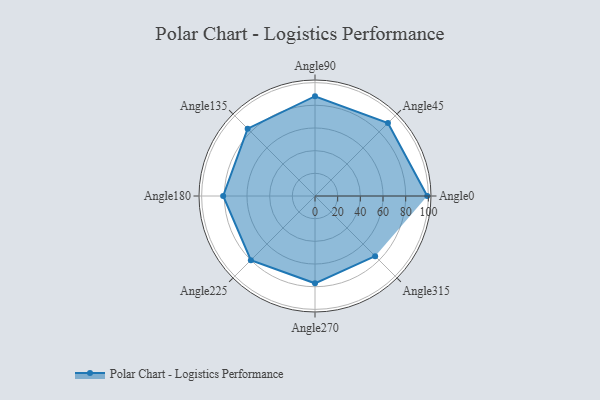
{"axis": {"x": "Angle", "y": "Radius"}, "legend": [""], "data": [{"x": "Angle0", "y": 99.0, "type": ""}, {"x": "Angle45", "y": 91.0, "type": ""}, {"x": "Angle90", "y": 88.0, "type": ""}, {"x": "Angle135", "y": 84.0, "type": ""}, {"x": "Angle180", "y": 81.0, "type": ""}, {"x": "Angle225", "y": 80.0, "type": ""}, {"x": "Angle270", "y": 77.0, "type": ""}, {"x": "Angle315", "y": 75.0, "type": ""}]}